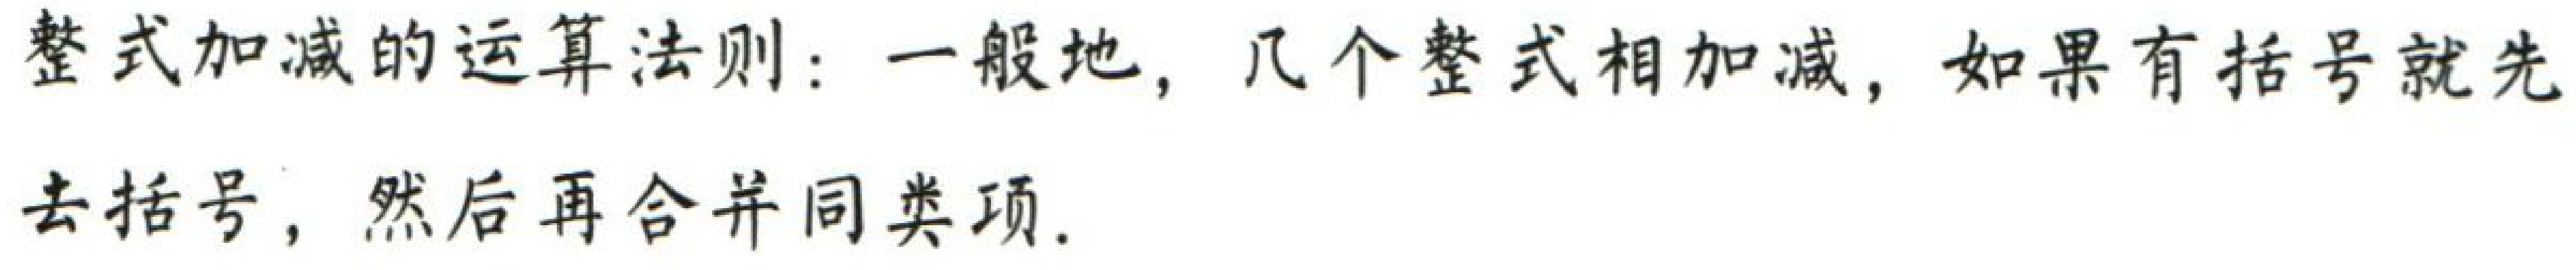
整式加减的运算法则：一般地，几个整式相加减，如果有括号就先去括号，然后再合并同类项。